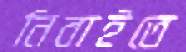
নিবাইতে